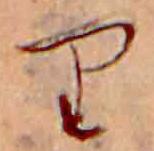
り